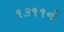
૧૩૧૧ની